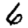
Digit: 6